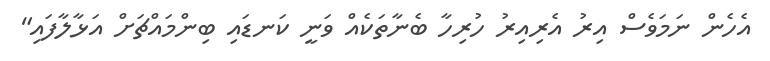
އެހެން ނަމަވެސް އިރު އެރިއިރު ހުރިހާ ބެނާތަކެއް ވަނީ ކަނޑައި ބިންމައްޗަށް އަޅާލާފައި"